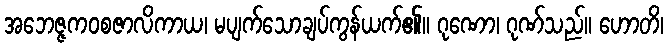
အဘေဇ္ဇကဝစဇာလိကာယ၊ မပျက်သောချပ်ကွန်ယက်၏။ ဂုဏော၊ ဂုဏ်သည်။ ဟောတိ၊